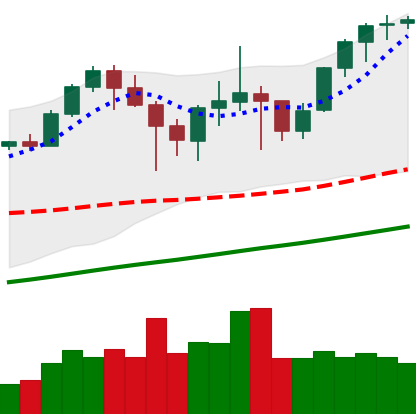
Ticker: ETH-USD
Chart end date: 2021-04-30
Forward return: 27.029%
Label: up_7plus